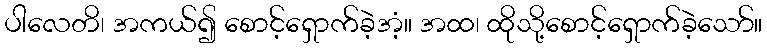
ပါလေတိ၊ အကယ်၍ စောင့်ရှောက်ခဲ့အံ့။ အထ၊ ထိုသို့စောင့်ရှောက်ခဲ့သော်။